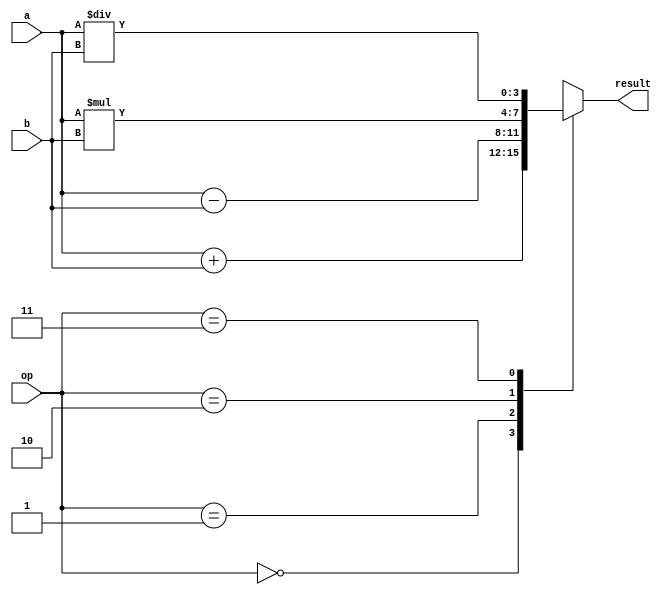
module ULA(a,b,op,result);

	input [3:0] a,b;
	input [1:0] op;
	output reg [3:0] result;

	parameter sum=0,sub=1,mult=2,div=3;	
	
	always @ (*) begin
		case(op) 
			sum: result <= a + b;
			sub: result <= a - b;
			mult: result <= a * b;
			div: result <= a/b;
			default: result <= 0;
		endcase
	end
endmodule